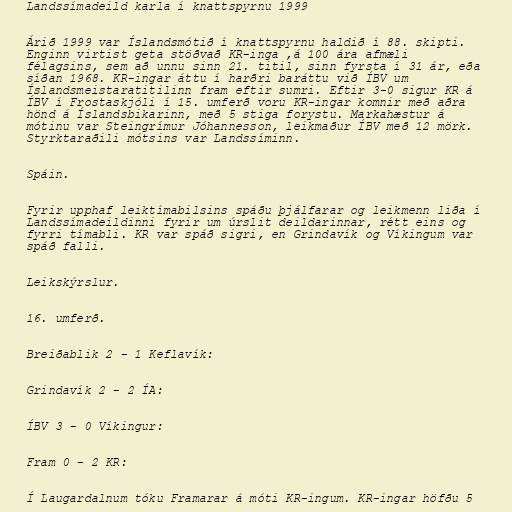
Landssímadeild karla í knattspyrnu 1999

Árið 1999 var Íslandsmótið í knattspyrnu haldið í 88. skipti.
Enginn virtist geta stöðvað KR-inga ,á 100 ára afmæli
félagsins, sem að unnu sinn 21. titil, sinn fyrsta í 31 ár, eða
síðan 1968. KR-ingar áttu í harðri baráttu við ÍBV um
Íslandsmeistaratitilinn fram eftir sumri. Eftir 3-0 sigur KR á
ÍBV í Frostaskjóli í 15. umferð voru KR-ingar komnir með aðra
hönd á Íslandsbikarinn, með 5 stiga forystu. Markahæstur á
mótinu var Steingrímur Jóhannesson, leikmaður ÍBV með 12 mörk.
Styrktaraðili mótsins var Landssíminn.

Spáin.

Fyrir upphaf leiktímabilsins spáðu þjálfarar og leikmenn liða í
Landssímadeildinni fyrir um úrslit deildarinnar, rétt eins og
fyrri tímabli. KR var spáð sigri, en Grindavík og Víkingum var
spáð falli.

Leikskýrslur.

16. umferð.

Breiðablik 2 - 1 Keflavík:

Grindavík 2 - 2 ÍA:

ÍBV 3 - 0 Víkingur:

Fram 0 - 2 KR:

Í Laugardalnum tóku Framarar á móti KR-ingum. KR-ingar höfðu 5